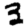
Digit: 3